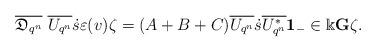
LaTeX: \begin{align*}\overline{\mathfrak{D}_{q^n}}\ \overline{U_{q^n}}\dot{s}\varepsilon(v)\zeta=(A+B+C) \overline{U_{q^n}} \dot{s} \overline{U^*_{q^n}}{\bf 1}_{-} \in \Bbbk {\bf G}\zeta.\end{align*}